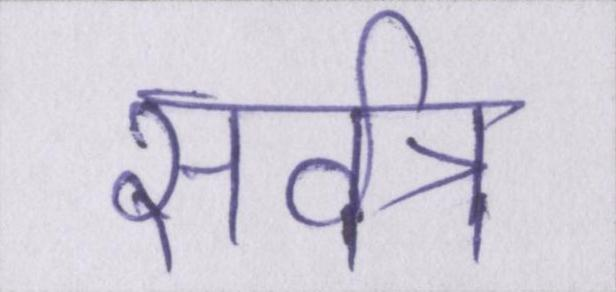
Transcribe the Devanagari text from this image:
सर्वत्र